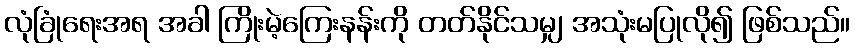
လုံခြုံရေးအရ အခါ ကြိုးမဲ့ကြေးနန်းကို တတ်နိုင်သမျှ အသုံးမပြုလို၍ ဖြစ်သည်။